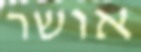
אושר